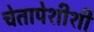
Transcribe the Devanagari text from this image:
चेतापेशीशी